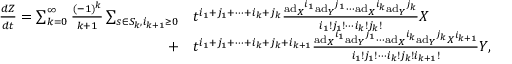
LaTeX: \begin{array} { r l } { { \frac { d Z } { d t } } = \sum _ { k = 0 } ^ { \infty } { \frac { ( - 1 ) ^ { k } } { k + 1 } } \sum _ { s \in S _ { k } , i _ { k + 1 } \geq 0 } } & { { } t ^ { i _ { 1 } + j _ { 1 } + \cdots + i _ { k } + j _ { k } } { \frac { { \mathrm { a d } _ { X } } ^ { i _ { 1 } } { \mathrm { a d } _ { Y } } ^ { j _ { 1 } } \cdots { \mathrm { a d } _ { X } } ^ { i _ { k } } { \mathrm { a d } _ { Y } } ^ { j _ { k } } } { i _ { 1 } ! j _ { 1 } ! \cdots i _ { k } ! j _ { k } ! } } X } \\ { + } & { { } t ^ { i _ { 1 } + j _ { 1 } + \cdots + i _ { k } + j _ { k } + i _ { k + 1 } } { \frac { { \mathrm { a d } _ { X } } ^ { i _ { 1 } } { \mathrm { a d } _ { Y } } ^ { j _ { 1 } } \cdots { \mathrm { a d } _ { X } } ^ { i _ { k } } { \mathrm { a d } _ { Y } } ^ { j _ { k } } X ^ { i _ { k + 1 } } } { i _ { 1 } ! j _ { 1 } ! \cdots i _ { k } ! j _ { k } ! i _ { k + 1 } ! } } Y , \quad i _ { r } , j _ { r } \geq 0 , \quad i _ { r } + j _ { r } > 0 , \quad 1 \leq r \leq k , } \end{array}